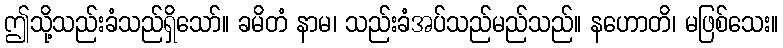
ဤသို့သည်းခံသည်ရှိသော်။ ခမိတံ နာမ၊ သည်းခံအပ်သည်မည်သည်။ နဟောတိ၊ မဖြစ်သေး။